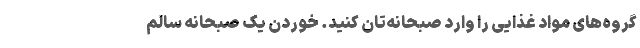
گروه‌های مواد غذایی را وارد صبحانه‌تان کنید. خوردن یک صبحانه سالم